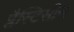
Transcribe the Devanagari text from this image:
प्लैस्टिसीन